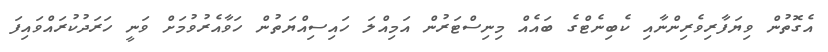
އެގޮތުން ވިޔަފާރިވެރިންނާއި ކެބިނެޓްގެ ބައެއް މިނިސްޓަރުން އަމިއްލަ ހައިސިއްޔަތުން ހަވާއެރުވުމަށް ވަނީ ހަރަދުކުރައްވައިފަ